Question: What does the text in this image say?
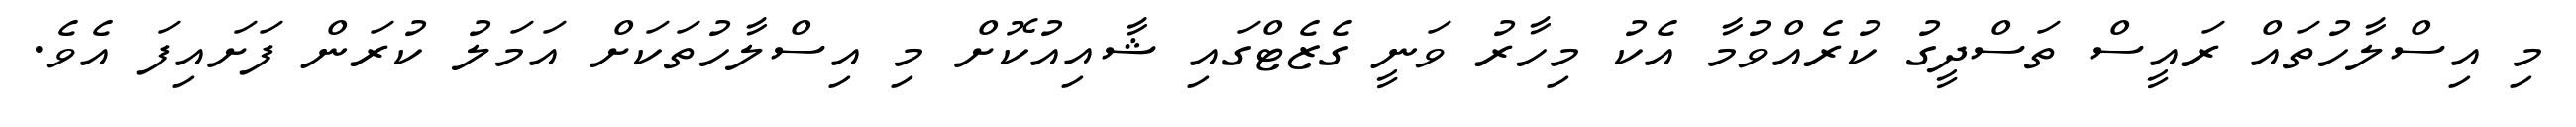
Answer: މި އިސްލާހުތައް ރައީސް ތަސްދީގު ކުރެއްވުމާ އެކު މިހާރު ވަނީ ގެޒެޓްގައި ޝާއިއުކޮށް މި އިސްލާހުތަކަށް އަމަލު ކުރަން ފަށައިފަ އެވެ.